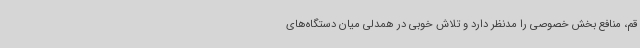
قم، منافع بخش خصوصی را مدنظر دارد و تلاش خوبی در همدلی میان دستگاه‌های